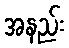
အနည်း